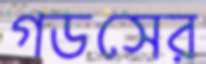
গডসের